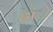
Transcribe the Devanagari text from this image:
हांे